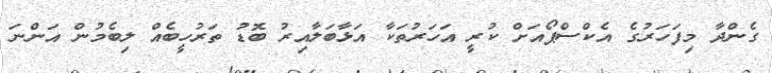
ގެންދާ މިފަހަރުގެ އެކްސްޕޯއަށް ކުރީ އަހަރުތަކާ އަޅާބަލާއިރު ބޮޑު ތަރުހީބެއް ލިބެމުން އަންނަ